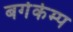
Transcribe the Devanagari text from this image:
बर्गकेम्प